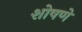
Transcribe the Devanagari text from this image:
शोषणे